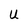
Character: U